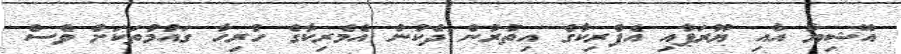
އޭޝިޔާ އާއި ޔޫރަޕާއި އެފްރިކާގެ އިތުރުން ދެކުނު އެމެރިކާގެ ހުރިހާ ގައުމުތަކަށް ވެސް